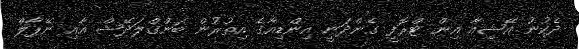
ދެކުނު އޭޝިއާ އިން ޓްރޮފީ ގެންދަނީ އިންޑިއާގެ އިތުރުން ބަންގްލަދޭޝް އާއި ނޭޕާލް